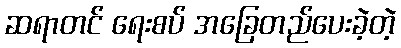
ဆရာတင် ရေးစပ် အခြေတည်ပေးခဲ့တဲ့